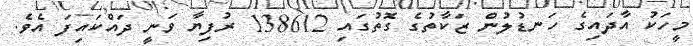
މީހަކު އާދައިގެ ހަނޑުލުން ޒަކާތުގެ ގޮތުގައި 138612 ރުފިޔާ ވަނީ ދައްކައިފަ އެވެ.